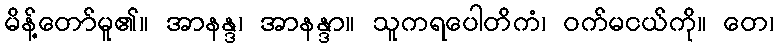
မိန့်တော်မူ၏။ အာနန္ဒ၊ အာနန္ဒာ။ သူကရပေါတိကံ၊ ဝက်မငယ်ကို။ တေ၊